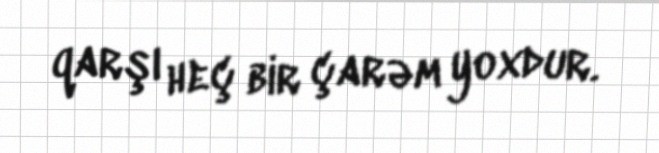
qarşı heç bir çarəm yoxdur.